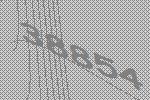
38854